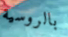
بالروسية